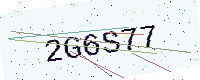
Text: 2G6S77